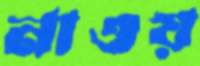
নাওয়